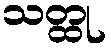
သတ္ထု